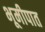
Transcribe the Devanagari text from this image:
भूमीपात